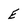
Character: E